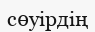
сөуірдің